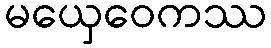
မယှေဝေကဿ